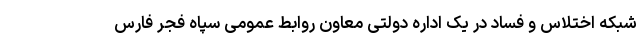
شبکه اختلاس و فساد در یک اداره دولتی معاون روابط عمومی سپاه فجر فارس